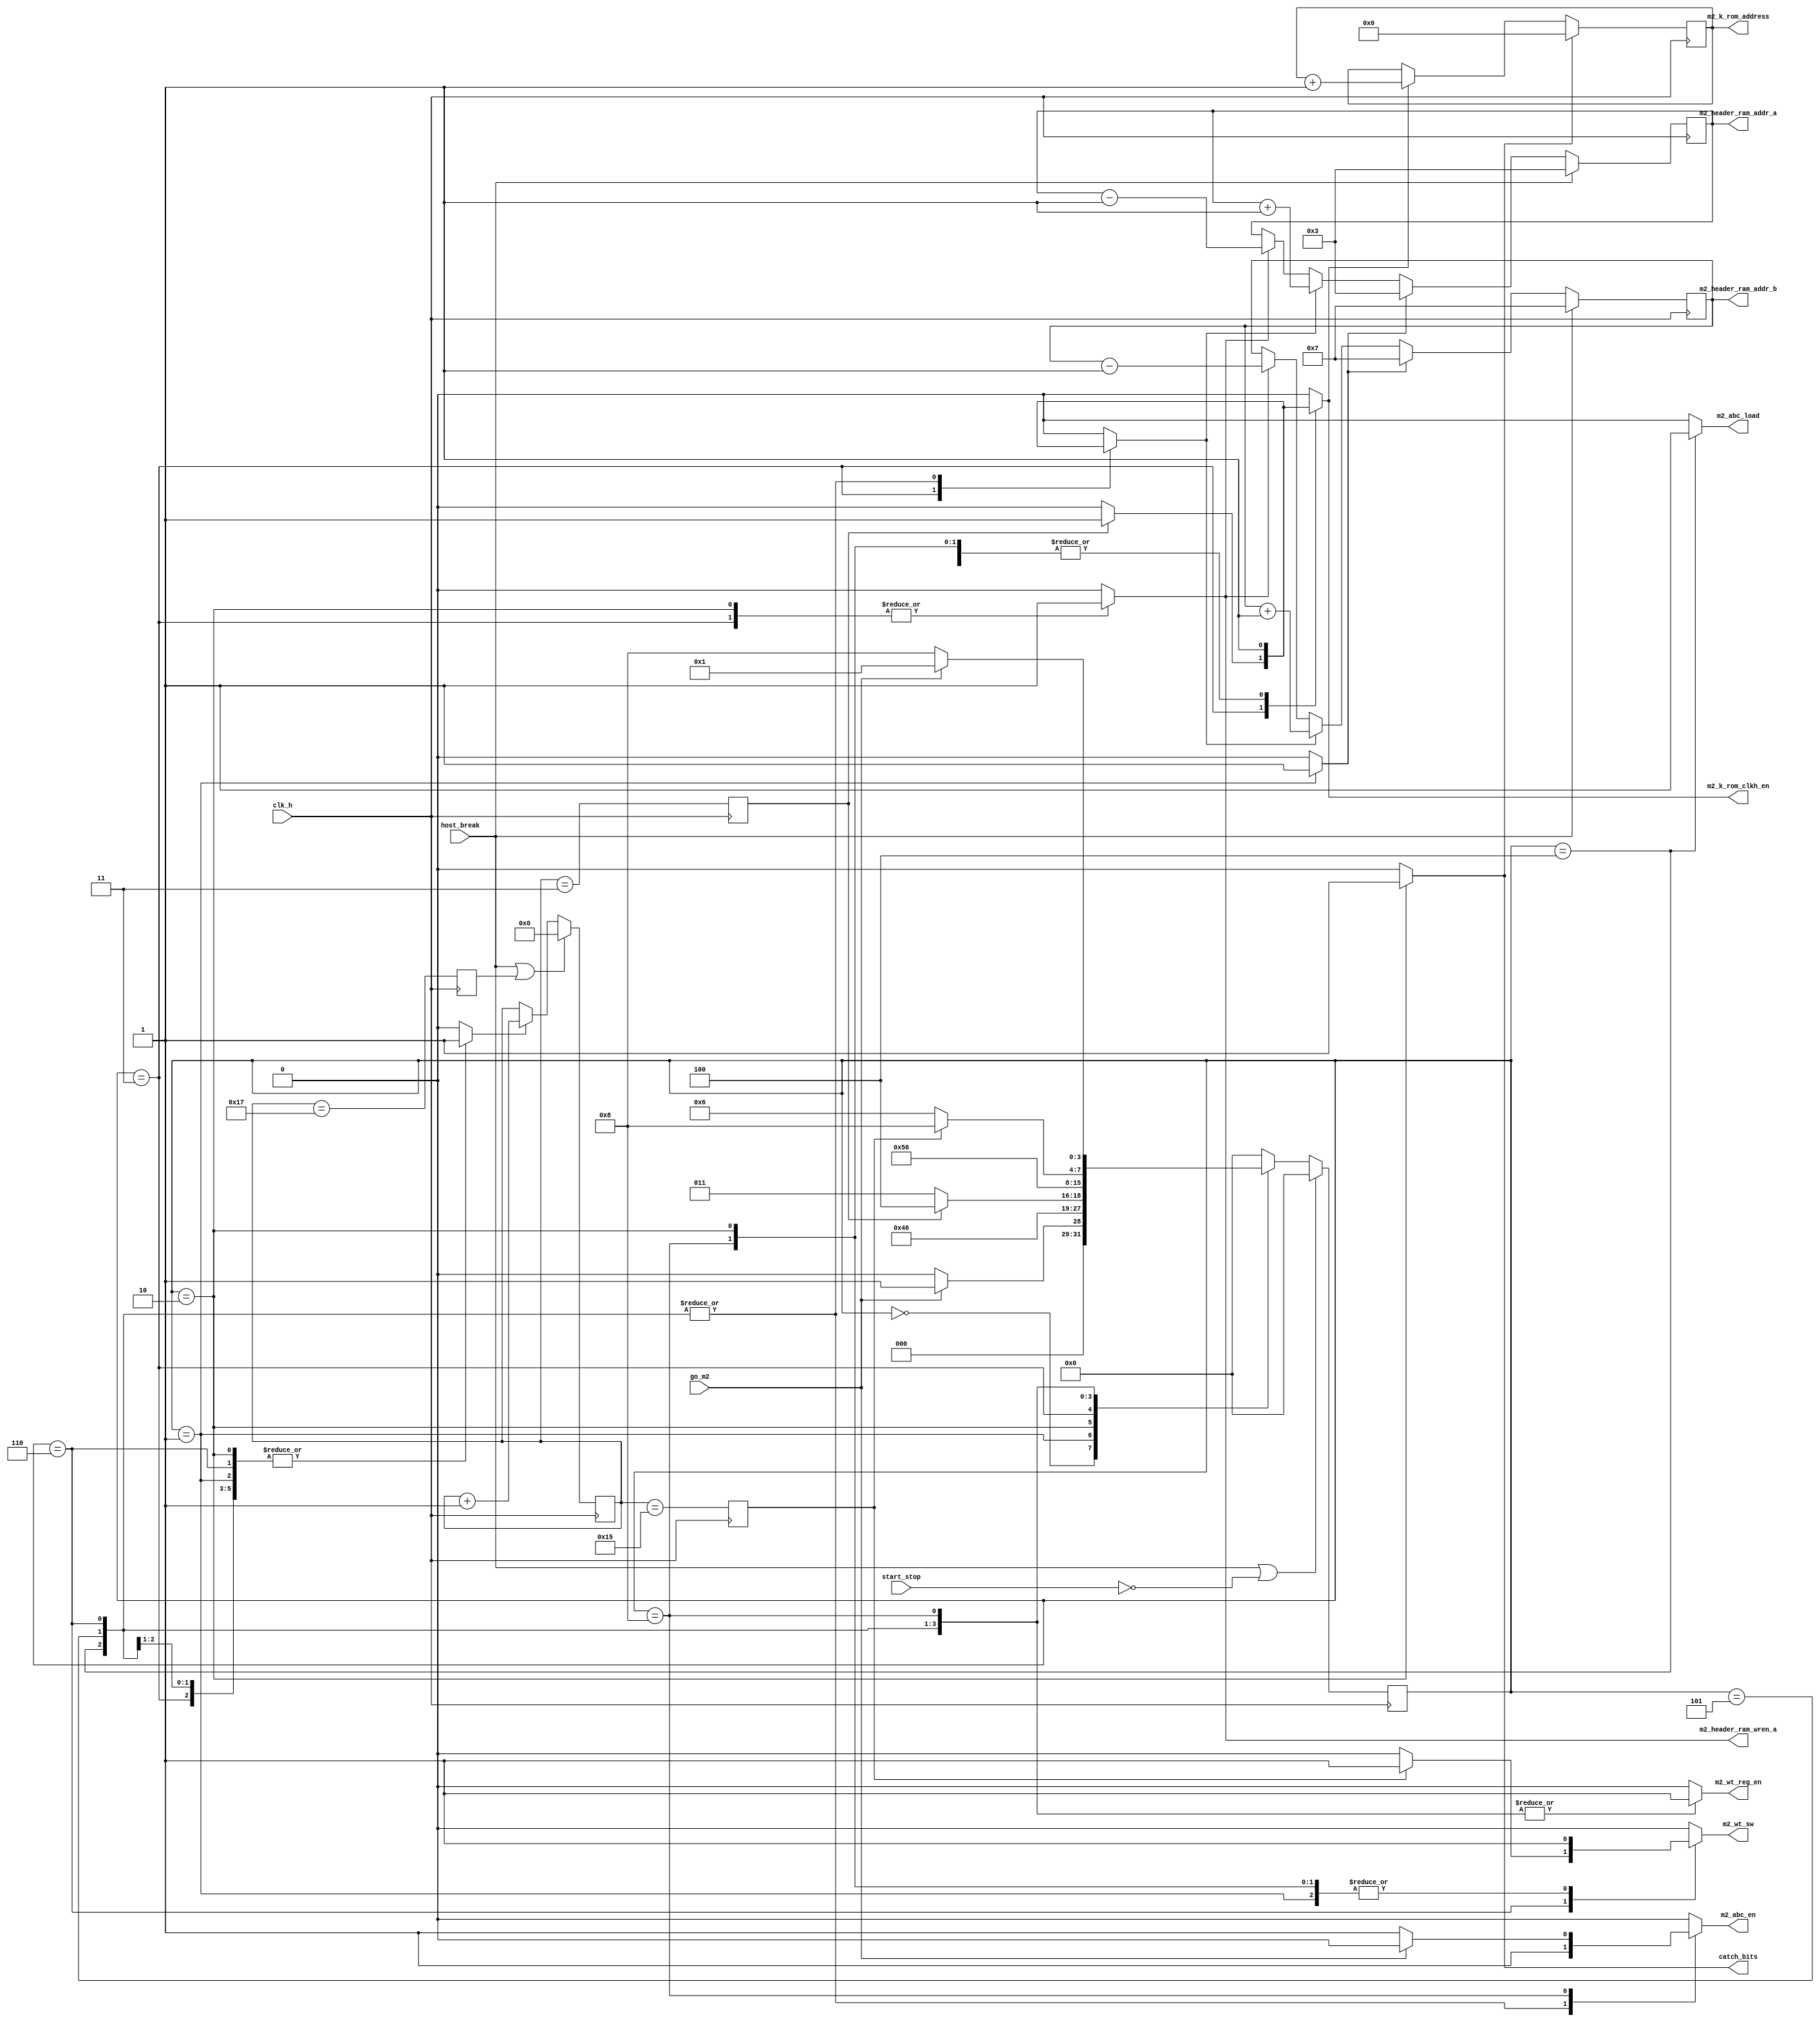
module m2_sm (

		input clk_h, 
		input host_break,
		input start_stop,
		input go_m2,
//
output reg		m2_header_ram_wren_a = 1'b0,

output reg		m2_abc_load = 1'b0,
output reg		m2_abc_en = 1'b1,
output reg		m2_wt_reg_en = 1'b0,
output reg		m2_wt_sw = 1'b0,

output reg	[3:0] 	m2_header_ram_addr_a = 4'b0,
output reg	[3:0] 	m2_header_ram_addr_b = 4'b0,
output reg	[5:0] 	m2_k_rom_address = 6'b0,
output reg				m2_k_rom_clkh_en = 1'b0,
output reg				catch_bits = 1'b0

);
//
 localparam		M2_IDLE			 				= 4'b0000,
					M2_LOAD_HEADER_WRHDR			= 4'b0001,
					M2_INIT_M2		   			= 4'b0010,
					M2_INIT_K		   			= 4'b0011,
					M2_INIT_K1						= 4'b0100,
					M2_INIT_ABC						= 4'b0101, 
					M2_FIRST16			   		= 4'b0110,
					M2_READ_HEADER_HASHS			= 4'b0111,
					M2_CALC_HASHS 					= 4'b1000;
					
//
//timers
reg		 	load_one_shoot_start = 1'b0;
reg [24:0]	load_num 		= 25'b0;
reg			load_num_en 	= 1'b0;
reg			read_header = 1'b0;

reg			time2k = 1'b0;
reg			time2wt_sw = 1'b0;

reg 			round_abc_wt_one_shoot = 1'b0;
reg [4:0]	round_abc_wt = 5'b0;
reg			round_abc_wt_en = 1'b0;
reg			round_abc_wt_res = 1'b0;

//
reg [3:0]	hash_state = 4'b0;
reg [3:0]	hash_next_state = 4'b0;

//
reg				k_res = 1'b0;

//
always @ (posedge clk_h)
begin
	if (host_break | ~start_stop)
	hash_state <= M2_IDLE;//
	else
	hash_state <= hash_next_state;
end
//

always @ (*)
begin
	load_one_shoot_start <= 1'b0;
	load_num_en <= 1'b0;
	m2_header_ram_wren_a <= 1'b0;


	round_abc_wt_one_shoot <= 1'b0;
	round_abc_wt_en <= 1'b0;
	read_header <= 1'b0;
	m2_k_rom_clkh_en <= 1'b0;
	m2_abc_load <= 1'b0;
	m2_abc_en <= 1'b0;
	m2_wt_reg_en <= 1'b0;
	k_res <= 1'b0;
	m2_wt_sw <= 1'b0;
	catch_bits <= 1'b0;
	
	case (hash_state)
			M2_IDLE: begin//0000
									if (go_m2) 
										begin
											hash_next_state <= M2_LOAD_HEADER_WRHDR; 
										end
									else 				
										begin
											hash_next_state <= M2_IDLE; 				
										end
						end
								//						
			M2_LOAD_HEADER_WRHDR: begin // 0001
												begin
													round_abc_wt_one_shoot <= 1'b1;
													round_abc_wt_en <= 1'b1;
													hash_next_state <= M2_INIT_M2;
												round_abc_wt_en <= 1'b1;
												m2_k_rom_clkh_en <= 1'b1;
												m2_wt_sw <= 1'b1;
												end		
								end
								//	
			M2_INIT_M2: begin //0010
											round_abc_wt_en <= 1'b1;
											m2_header_ram_wren_a <= 1'b1;
											k_res <= 1'b1;
												round_abc_wt_en <= 1'b1;
												m2_k_rom_clkh_en <= 1'b1;
												m2_wt_sw <= 1'b1;
											catch_bits <= 1'b1;
											hash_next_state <= M2_INIT_K;
								end
								//	
			M2_INIT_K: begin // 0011
											m2_header_ram_wren_a <= 1'b1;
											round_abc_wt_en <= 1'b1;
											if (time2k)
											begin
											m2_k_rom_clkh_en <= 1'b1;
											read_header <= 1'b1;
											m2_header_ram_wren_a <= 1'b1;
											hash_next_state <= M2_INIT_K1;//
											end
											else 
											hash_next_state <= M2_INIT_K;		
							end
								//
			M2_INIT_K1: begin //	0100
											round_abc_wt_en <= 1'b1;
											m2_abc_load <= 1'b1;
											m2_abc_en <= 1'b1;
											m2_k_rom_clkh_en <= 1'b1;
											read_header <= 1'b1;
											m2_wt_reg_en <= 1'b1;
											hash_next_state <= M2_INIT_ABC;
							end
						//						
			M2_INIT_ABC: begin //0101
												round_abc_wt_en <= 1'b1;
												read_header <= 1'b1;
												m2_abc_en <= 1'b1;
												m2_k_rom_clkh_en <= 1'b1;
												m2_wt_reg_en <= 1'b1;
												hash_next_state <= M2_FIRST16;
								end
								//
			M2_FIRST16: begin // 0110
												round_abc_wt_en <= 1'b1;
												read_header <= 1'b1;
												m2_abc_en <= 1'b1;
												m2_k_rom_clkh_en <= 1'b1;
												m2_wt_reg_en <= 1'b1;
												if (time2wt_sw)
													begin 
															m2_wt_sw <= 1'b1;
															hash_next_state <= M2_CALC_HASHS;//
													end
												else
												hash_next_state <= M2_FIRST16;	
							end
								//
			M2_CALC_HASHS: begin // 1000
												m2_abc_en <= 1'b1;
																				//round_abc_wt_en <= 1'b1;
												m2_wt_reg_en <= 1'b1;
												m2_k_rom_clkh_en <= 1'b1;
												m2_wt_sw <= 1'b1;	
												if (go_m2)//
												begin
												m2_abc_en <= 1'b0;
												m2_wt_reg_en <= 1'b1;
												m2_k_rom_clkh_en <= 1'b1;
												m2_wt_sw <= 1'b1;	
												hash_next_state <= M2_LOAD_HEADER_WRHDR;//
												end
											else
												hash_next_state <= M2_CALC_HASHS;
								end
								//
									default: 	begin 	hash_next_state <= M2_IDLE; end
	endcase
end
//
// header addresses
	always @ (posedge clk_h)
		begin		
				if (host_break)
					begin
							m2_header_ram_addr_a <= 4'b0011;
							m2_header_ram_addr_b <= 4'b0111;
					end
				else if (round_abc_wt_one_shoot)// 
					begin
							m2_header_ram_addr_a <= 4'b0011;
							m2_header_ram_addr_b <= 4'b0111;
					end
	
							else if (read_header)
					begin
						m2_header_ram_addr_a <= m2_header_ram_addr_a + 1'b1;
						m2_header_ram_addr_b <= m2_header_ram_addr_b + 1'b1;
					end	
					
				else if (m2_header_ram_wren_a )//
					begin
							m2_header_ram_addr_a <= m2_header_ram_addr_a - 1'b1;
							m2_header_ram_addr_b <= m2_header_ram_addr_b - 1'b1;
					end					
		end
//		
//
// r_ROM addresses
	always @ (posedge clk_h)
				if (k_res)
					m2_k_rom_address <= 6'b0;
				else if (m2_k_rom_clkh_en)
					m2_k_rom_address <= m2_k_rom_address + 6'b000001;	
//
//
// timers state machine
	always @ (posedge clk_h)
	begin
		if (load_num_en)
		begin
			load_num[24:1] <= load_num[23:0];
			load_num[0] <= load_one_shoot_start;
		end
	end

//	
	always @ (posedge clk_h)
	begin
		if (host_break | round_abc_wt_res)
				round_abc_wt <= 5'b0;
		else if (round_abc_wt_en )
				round_abc_wt <= round_abc_wt + 5'b1;
	end	
//
	always @ (posedge clk_h)
	begin
			time2k <= round_abc_wt == 5'h3;//3	
			time2wt_sw <= round_abc_wt == 5'h15;//21
			round_abc_wt_res <= round_abc_wt == 5'h17;//23
	end	
	
	endmodule